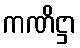
ကဏိဋ္ဌာ